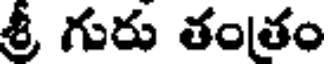
శ్రీ గురు తంతం